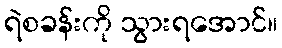
ရဲစခန်းကို သွားရအောင်။